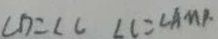
\angle D = \angle C \angle C = \angle A M P